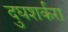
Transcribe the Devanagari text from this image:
दुघशर्करा